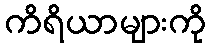
ကိရိယာများကို